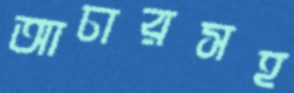
আচারসহ